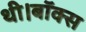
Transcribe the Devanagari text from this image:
थी।बॉक्स